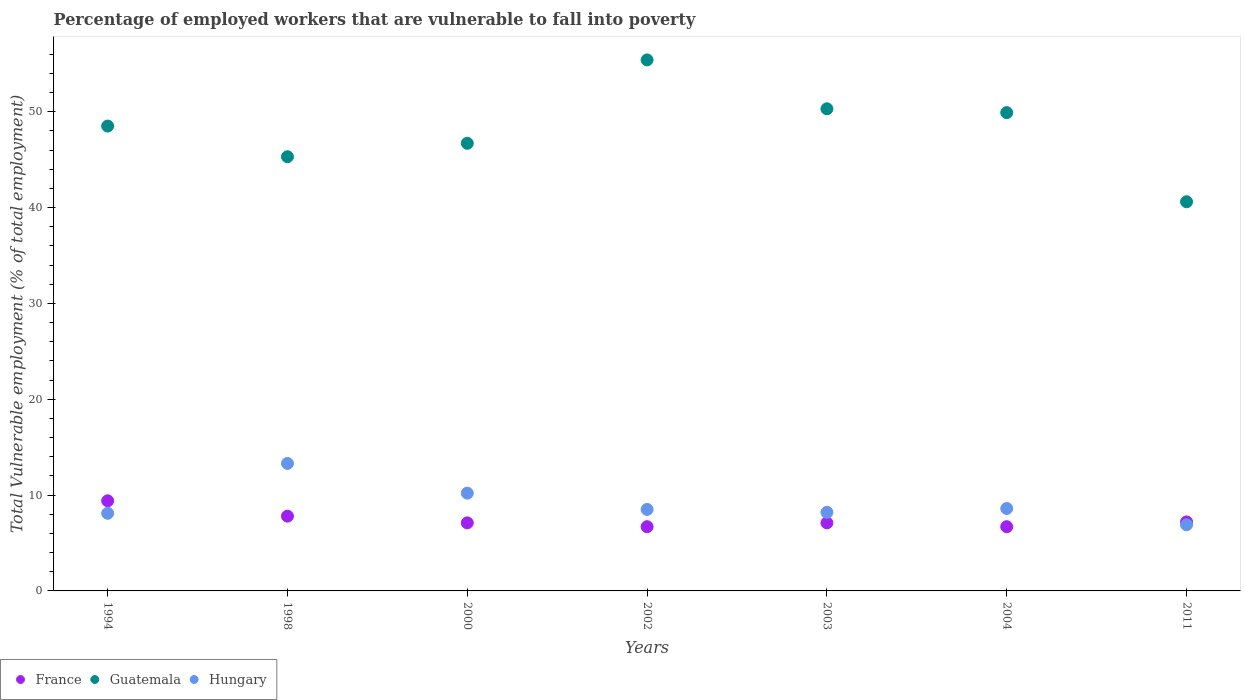
| Years | France | Guatemala | Hungary |
 | --- | --- | --- | --- |
 | 1994 | 9.4 | 48.5 | 8.1 |
 | 1998 | 7.8 | 45.3 | 13.3 |
 | 2000 | 7.1 | 46.7 | 10.2 |
 | 2002 | 6.7 | 55.4 | 8.5 |
 | 2003 | 7.1 | 50.3 | 8.2 |
 | 2004 | 6.7 | 49.9 | 8.6 |
 | 2011 | 7.2 | 40.6 | 6.9 |